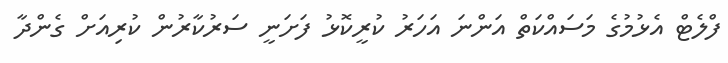
ފްލެޓް އެޅުމުގެ މަސައްކަތް އަންނަ އަހަރު ކުރީކޮޅު ފަށަނީ ސަރުކާރުން ކުރިއަށް ގެންދާ